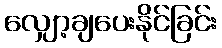
လျှော့ချပေးနိုင်ခြင်း